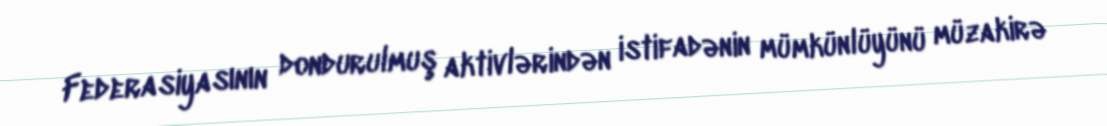
Federasiyasının dondurulmuş aktivlərindən istifadənin mümkünlüyünü müzakirə